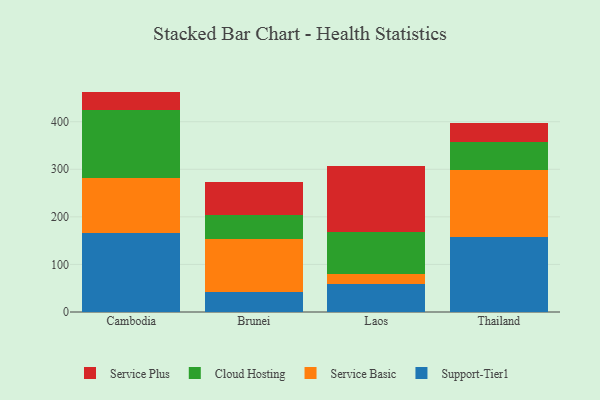
{"axis": {"x": "Country", "y": "Operating Costs (USD K)"}, "legend": ["Cloud Hosting", "Service Basic", "Service Plus", "Support-Tier1"], "data": [{"x": "Cambodia", "y": 165.4, "type": "Support-Tier1"}, {"x": "Cambodia", "y": 117.1, "type": "Service Basic"}, {"x": "Cambodia", "y": 141.1, "type": "Cloud Hosting"}, {"x": "Cambodia", "y": 39.7, "type": "Service Plus"}, {"x": "Brunei", "y": 42.0, "type": "Support-Tier1"}, {"x": "Brunei", "y": 110.6, "type": "Service Basic"}, {"x": "Brunei", "y": 51.2, "type": "Cloud Hosting"}, {"x": "Brunei", "y": 68.6, "type": "Service Plus"}, {"x": "Laos", "y": 59.7, "type": "Support-Tier1"}, {"x": "Laos", "y": 19.8, "type": "Service Basic"}, {"x": "Laos", "y": 88.9, "type": "Cloud Hosting"}, {"x": "Laos", "y": 138.7, "type": "Service Plus"}, {"x": "Thailand", "y": 157.0, "type": "Support-Tier1"}, {"x": "Thailand", "y": 141.2, "type": "Service Basic"}, {"x": "Thailand", "y": 58.2, "type": "Cloud Hosting"}, {"x": "Thailand", "y": 40.3, "type": "Service Plus"}]}